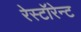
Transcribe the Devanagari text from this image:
रेस्टॉरेन्ट